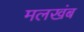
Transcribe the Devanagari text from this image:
मलखंब